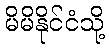
မိမိနိုင်ငံသို့